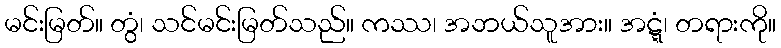
မင်းမြတ်။ တွံ၊ သင်မင်းမြတ်သည်။ ကဿ၊ အဘယ်သူအား။ အဋ္ဋံ၊ တရားကို။